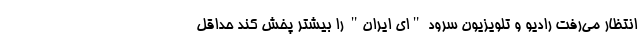
انتظار می‌رفت رادیو و تلویزیون سرود "ای ایران" را بیشتر پخش کند حداقل